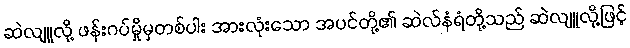
ဆဲလျူလို့ ဖန်းဂပ်မှိုမှတစ်ပါး အားလုံးသော အပင်တို့၏ ဆဲလ်နံရံတို့သည် ဆဲလျူလို့ဖြင့်